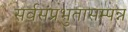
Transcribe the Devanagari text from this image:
सर्वसंप्रभुतासम्पन्न